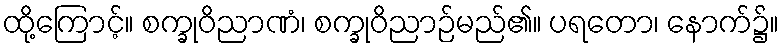
ထို့ကြောင့်။ စက္ခုဝိညာဏံ၊ စက္ခုဝိညာဉ်မည်၏။ ပရတော၊ နောက်၌။